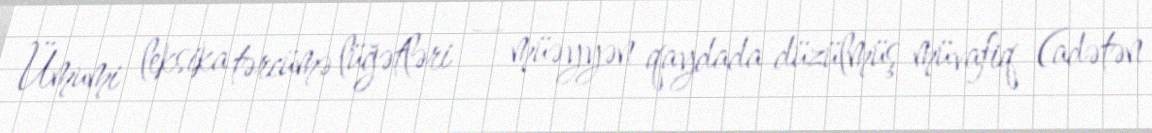
Ümumi leksika tərcümə lüğətləri — müəyyən qaydada düzülmüş müvafiq (adətən